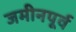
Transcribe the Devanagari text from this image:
जमीनपूर्व